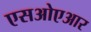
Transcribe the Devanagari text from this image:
एसओएआर